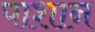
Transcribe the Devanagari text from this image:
पाशान